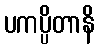
ပကပ္ပိတာနိ